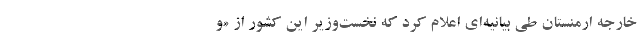
خارجه ارمنستان طی بیانیه‌ای اعلام کرد که نخست‌وزیر این کشور از «و